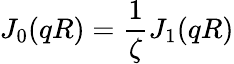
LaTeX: J_{0}(qR)=\frac{1}{\zeta}J_{1}(qR)